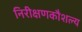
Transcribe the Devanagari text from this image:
निरीक्षणकौशल्य